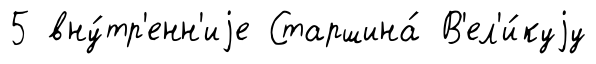
5 вну́тр'енн'иjе Старшина́ В'ел'и́куjу